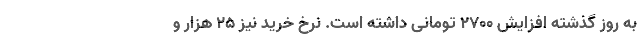
به روز گذشته افزایش ۲۷۰۰ تومانی داشته است. نرخ خرید نیز ۲۵ هزار و